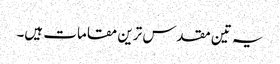
یہ تین مقدس ترین مقامات ہیں۔